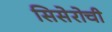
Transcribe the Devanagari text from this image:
सिसेरोची